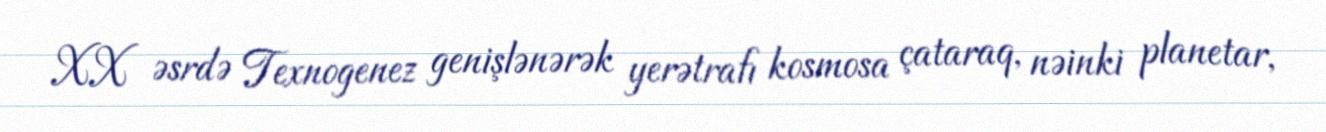
XX əsrdə Texnogenez genişlənərək yerətrafı kosmosa çataraq, nəinki planetar,